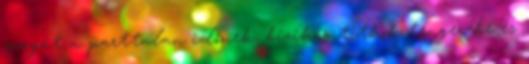
magát a parttalan időnek, bízik a titkok tengerébe és